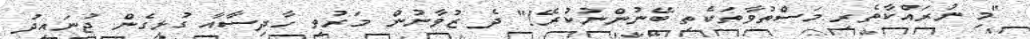
"މި ނުރައްކާތެރި މަސްތުވާތަކެތި ބޭނުންނުކުރޭ!" ދެ ޒުވާނުން މަރުވި ހާދިސާއާ ގުޅިގެން ޖުނައިދު